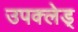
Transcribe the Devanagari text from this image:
उपक्लेड्